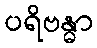
ပရိဗန္ဓာ